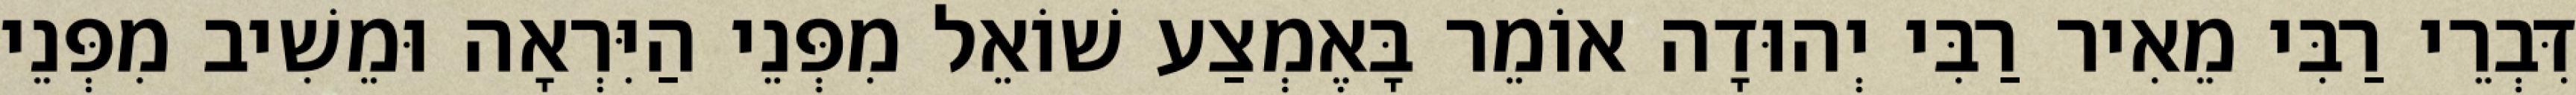
דִּבְרֵי רַבִּי מֵאִיר רַבִּי יְהוּדָה אוֹמֵר בָּאֶמְצַע שׁוֹאֵל מִפְּנֵי הַיִּרְאָה וּמֵשִׁיב מִפְּנֵי